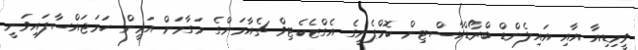
ވީމިޑިއާ އާއި އައިލެންޑް ބްރޯޑްކާސްޓިން ކޮމްޕެނީގެ އެގްޒެކެޓިވް ޗެއާމަންގެ މަގާމަށް އަމީން ހަމަޖައްސާފައިވަނީ